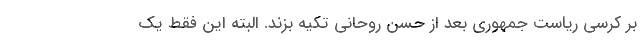
بر کرسی ریاست جمهوری بعد از حسن روحانی تکیه بزند. البته این فقط یک